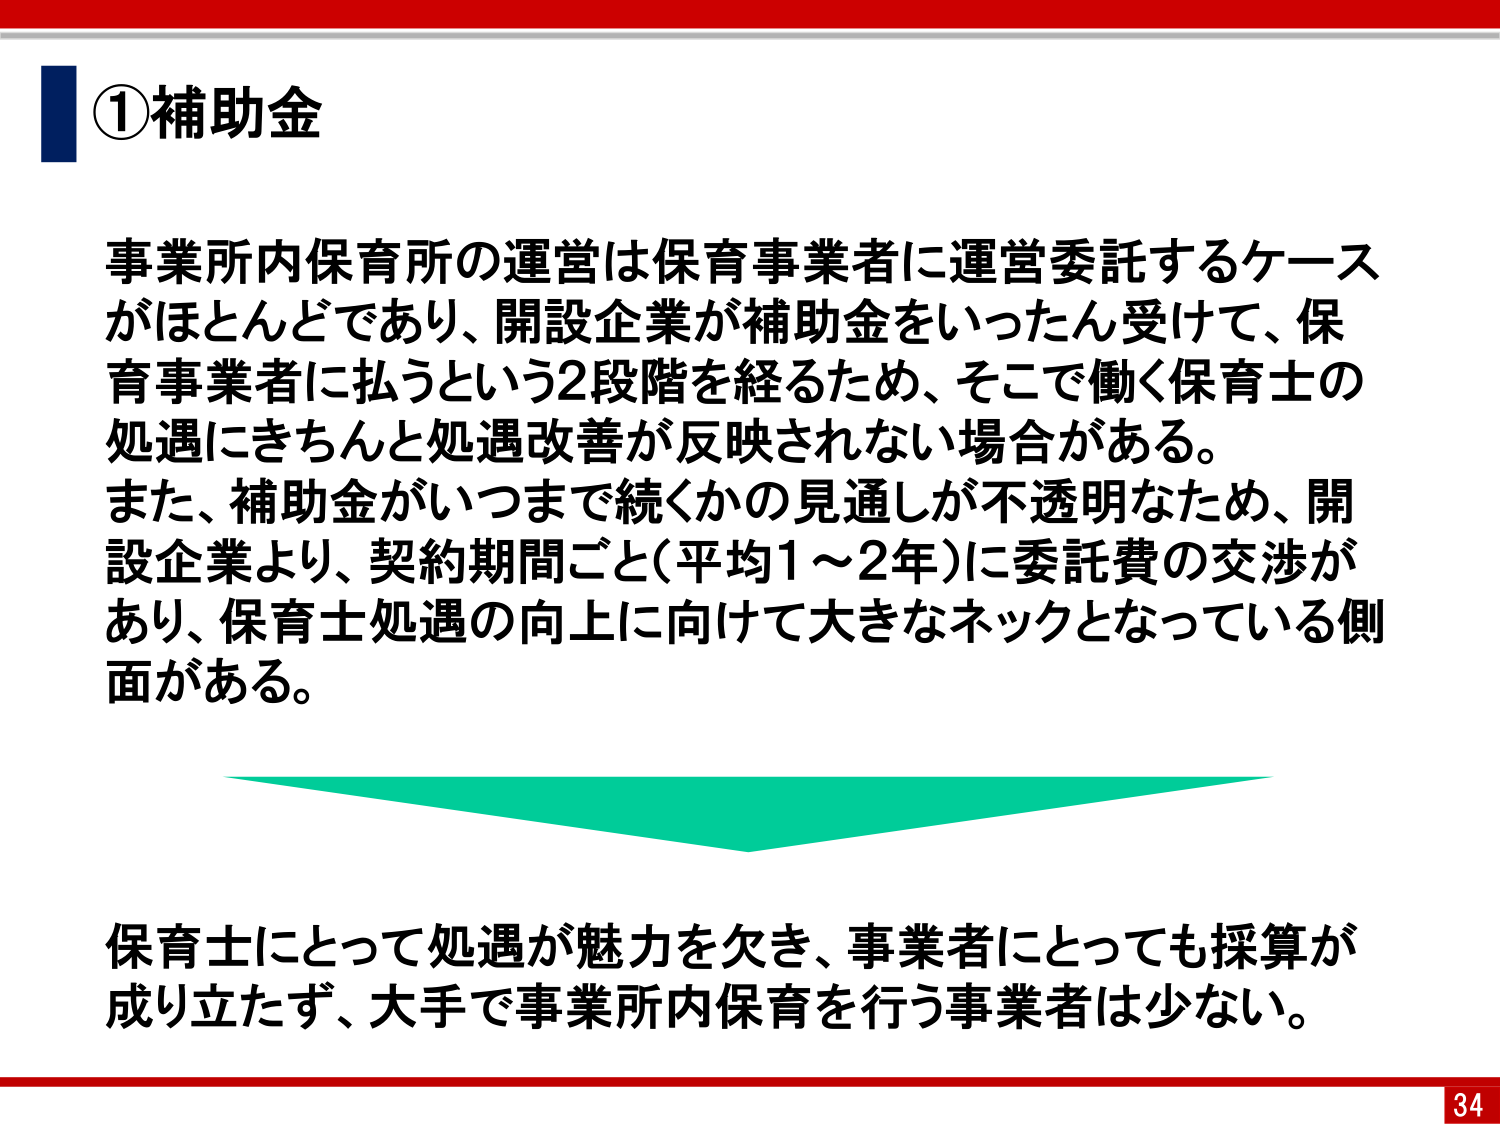
①補助金

事業所内保育所の運営は保育事業者に運営委託するケース
がほとんどであり、開設企業が補助金をいったん受けて、保
育事業者に払うという2段階を経るため、そこで働く保育士の
処遇にきちんと処遇改善が反映されない場合がある。
また、補助金がいつまで続くかの見通しが不透明なため、開
設企業より、契約期間ごと（平均1～2年）に委託費の交渉が
あり、保育士処遇の向上に向けて大きなネックとなっている側
面がある。

保育士にとって処遇が魅力を欠き、事業者にとっても採算が
成り立たず、大手で事業所内保育を行う事業者は少ない。

34